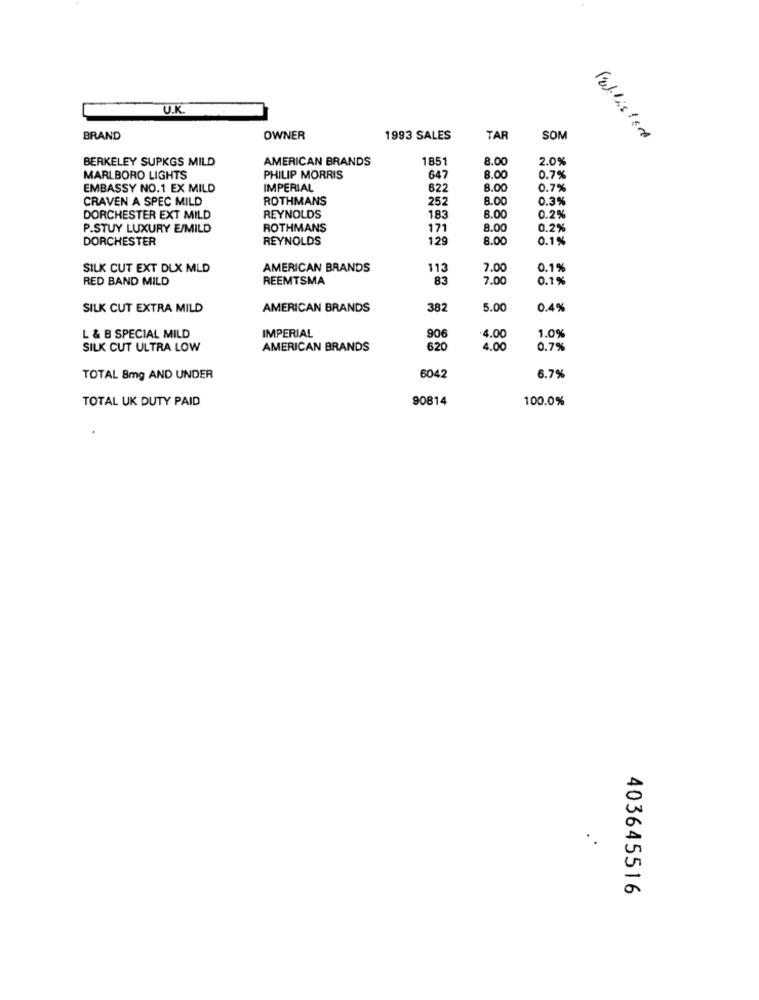
U.K.
BRAND
OWNER
1993 SALES
TAR
SOM
BERKELEY SUPKGS MILD
AMERICAN BRANDS
185
8.00
2.0%
MARLBORO LIGHTS
PHILIP MORRIS
647
8.00
0.7%
EMBASSY NO.1 EX MILD
IMPERIAL
622
8.00
0.7%
CRAVEN A SPEC MILD
ROTHMANS
252
8.00
0.3%
DORCHESTER EXT MILD
REYNOLDS
183
8.00
0.2%
P.STUY LUXURY E/MILD
ROTHMANS
171
8.00
0.2%
DORCHESTER
REYNOLDS
1.29
8.00
0.1%
SILK CUT EXT DLX MLD
AMERICAN BRANDS
113
7.00
0.1%
RED BAND MILD
REEMTSMA
83
7.00
0.1%
SILK CUT EXTRA MILD
AMERICAN BRANDS
382
5.00
0.4%
IMPERIAL
1.0%
L & B SPECIAL MILD
906
4.00
SILK CUT ULTRA LOW
AMERICAN BRANDS
620
4.0
0.7%
6.7%
TOTAL 8mg AND UNDER
6042
TOTAL UK DUTY PAID
90814
100.0%
403645516